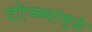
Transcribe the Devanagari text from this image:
टोळ्यांमुळे